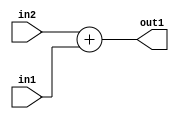
`timescale 1ps / 1ps
/*****************************************************************************
    Verilog RTL Description
    
    
    Created by: Stratus DpOpt 2019.1.01 
*******************************************************************************/

module st_weight_addr_gen_Add_33Sx16U_33S_4_5 (
	in2,
	in1,
	out1
	); /* architecture "behavioural" */ 
input [32:0] in2;
input [15:0] in1;
output [32:0] out1;
wire [32:0] asc001;

assign asc001 = 
	+(in2)
	+(in1);

assign out1 = asc001;
endmodule

/* CADENCE  ubTwTww= : u9/ySgnWtBlWxVPRXgAZ4Og= ** DO NOT EDIT THIS LINE ******/